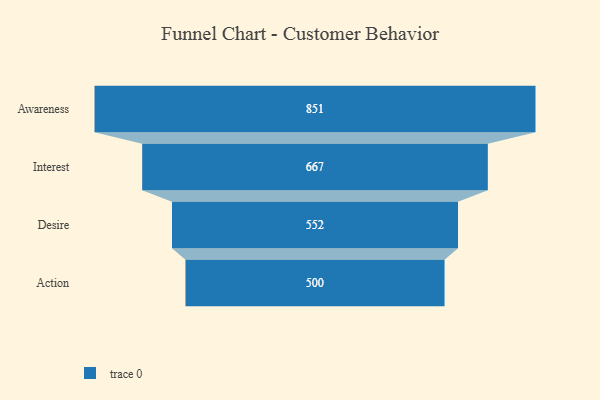
{"axis": {"x": "Stage", "y": "Value"}, "legend": [""], "data": [{"x": "Awareness", "y": 851.0, "type": ""}, {"x": "Interest", "y": 667.0, "type": ""}, {"x": "Desire", "y": 552.0, "type": ""}, {"x": "Action", "y": 500, "type": ""}]}